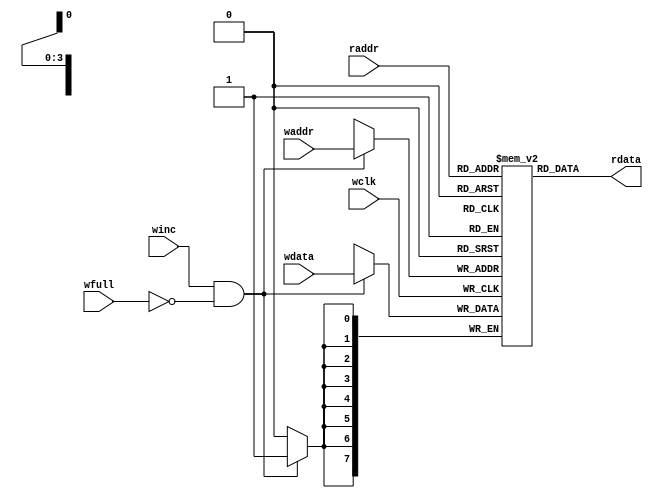
/*Fifo Memory module*/

module fifomemory #(parameter DATASIZE = 8, //Length of the data 
                    parameter ADDRSIZE = 4) //length of the address
                 (input [DATASIZE-1:0] wdata, //Inputs and outputs
                  input winc, 
                  input wfull,
                  input [ADDRSIZE-1:0] waddr, 
                  input [ADDRSIZE-1:0] raddr, 
                  input wclk, 
                  output [DATASIZE-1:0] rdata);

localparam DEPTH = 1 << ADDRSIZE; //In this case 2^4 = 16 memory locations are created
reg [DATASIZE-1:0] memory [DEPTH-1:0]; 

assign rdata = memory[raddr]; //read the data

always @(posedge wclk) begin //write on posedge of the clock
    if (winc && ! wfull) memory[waddr] <= wdata; //write increment full have effect only when wfull is not asserted
end                 
endmodule